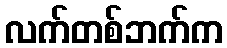
လက်တစ်ဘက်က